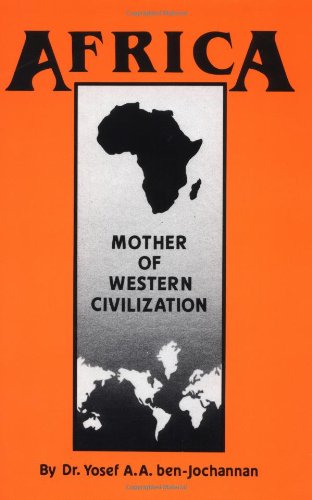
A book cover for Africa: Mother of Western Civilization (African-American Heritage Series); Yosef ben-Jochannan; History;